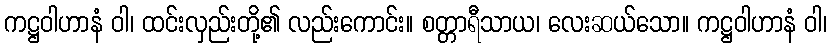
ကဋ္ဌဝါဟာနံ ဝါ၊ ထင်းလှည်းတို့၏ လည်းကောင်း။ စတ္တာရီသာယ၊ လေးဆယ်သော။ ကဋ္ဌဝါဟာနံ ဝါ၊